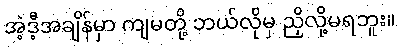
အဲ့ဒီ့အချိန်မှာ ကျမတို့ ဘယ်လိုမှ ညှိလို့မရဘူး။